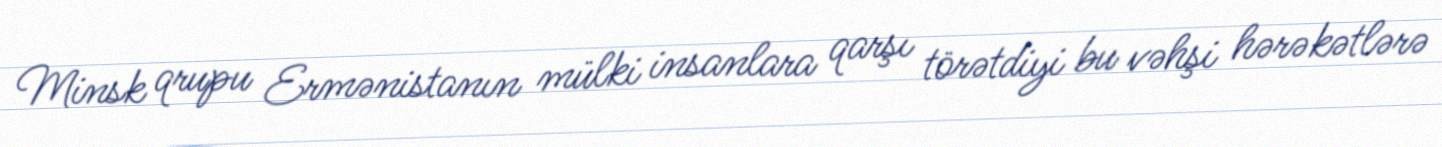
Minsk qrupu Ermənistanın mülki insanlara qarşı törətdiyi bu vəhşi hərəkətlərə